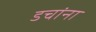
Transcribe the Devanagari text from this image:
डचांना